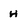
Character: H